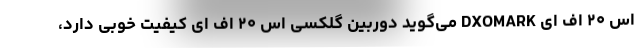
اس ۲۰ اف ای DXOMARK می‌گوید دوربین گلکسی اس ۲۰ اف ای کیفیت خوبی دارد،